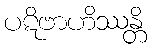
ပဋိဗာဟိဿန္တိ